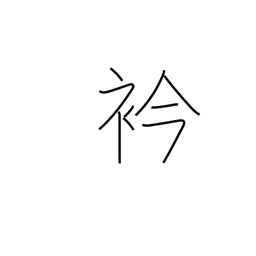
Meaning: neck